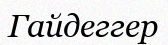
Гайдеггер